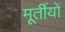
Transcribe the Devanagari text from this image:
मूर्तीयों